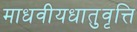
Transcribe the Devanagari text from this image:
माधवीयधातुवृत्ति